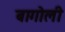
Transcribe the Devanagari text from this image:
बागोली